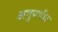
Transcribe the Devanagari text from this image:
अनुपगीर